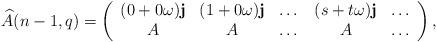
LaTeX: \begin{align*}\widehat{A}(n-1,q) = \left(\begin{array}{ccccc} (0 + 0\omega)\mathbf{j} & (1 + 0\omega) \mathbf{j} & \dotsc & (s+t \omega)\mathbf{j} & \dotsc \\ A & A & \dotsc & A & \dotsc \\\end{array}\right), \end{align*}